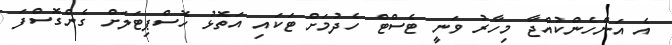
އެ އަންހެންކުއްޖާ މިހާރު ވަނީ ޓެސްޓް ހެދުމަށް ޓަކައި އަތޮޅު ހޮސްޕިޓަލަށް ގެންގޮސްފަ